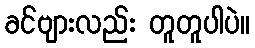
ခင်ဗျားလည်း တူတူပါပဲ။